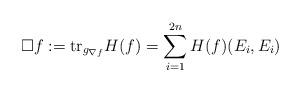
LaTeX: \begin{align*}\Box f:=\mathrm{tr}_{g_{\nabla f}}H(f)=\sum_{i=1}^{2n}H(f)(E_i,E_i)\end{align*}